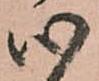
心